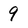
Character: 9